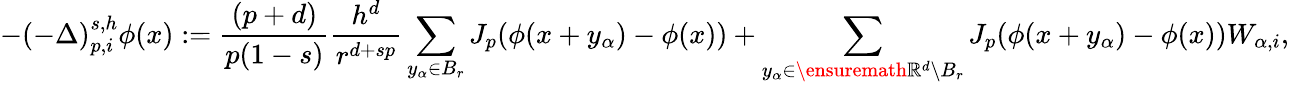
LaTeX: -(-\Delta)_{p,i}^{s,h}\phi(x):=\frac{(p+d)}{p(1-s)}\frac{h^{d}}{r^{d+sp}}\sum_{y_{\alpha}\in B_{r}}J_{p}(\phi(x+y_{\alpha})-\phi(x))+\sum_{y_{\alpha}\in\ensuremath{\mathbb{R}}^{d}\setminus B_{r}}J_{p}(\phi(x+y_{\alpha})-\phi(x))W_{\alpha,i},